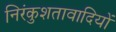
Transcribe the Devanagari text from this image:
निरंकुशतावादियों